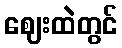
ဈေးထဲတွင်